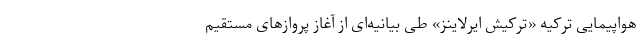
هواپیمایی ترکیه «ترکیش ایرلاینز» طی بیانیه‌ای از آغاز پروازهای مستقیم